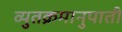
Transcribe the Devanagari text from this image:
व्युतक्रमानुपाती